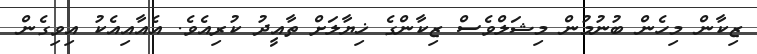
ޒިކާން މިހެން ބުނުމުން މިޝަލްވެސް ޒިކާންގެ ޚިޔާލަށް ތާއީދު ކުރިއެވެ. އެއާއިއެކު އިވިގެން